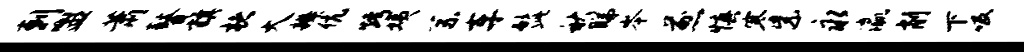
剌盥萧瞽旗楮大辨伉烤姨系车髭秋睇岑煎慎寒紫永瀛削下吸